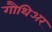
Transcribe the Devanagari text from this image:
गौथिअर